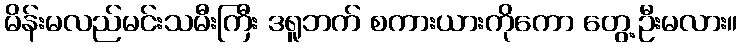
မိန်းမလည်မင်းသမီးကြီး ဒရူဘက် စကားယားကိုကော တွေ့ဦးမလား။